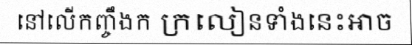
នៅលើកញ្ចឹងក ក្រលៀនទាំងនេះអាច